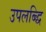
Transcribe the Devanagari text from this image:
उपलब्द्धि